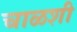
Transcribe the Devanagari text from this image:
चाळशी